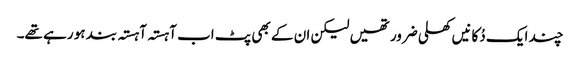
چند ایک دُکانیں کھلی ضرور تھیں لیکن ان کے بھی پٹ اب آہستہ آہستہ بند ہو رہے تھے۔